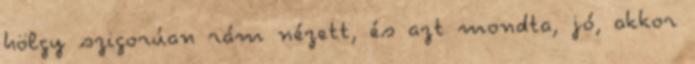
hölgy szigorúan rám nézett, és azt mondta, jó, akkor